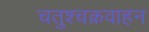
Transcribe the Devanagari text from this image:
चतुश्चक्रवाहन